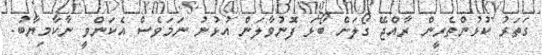
ގަތަރު ކުޅުންތެރީން ރާއްޖޭ ގޯލަަށް ބޯޅަ ފޮނުވާލަން އުޅުނު ނަމަވެސް އެކަންވީ ނާކާމިޔާބު.